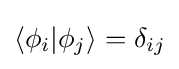
\langle \phi _{i}\vert \phi _{j}\rangle =\delta _{ij}